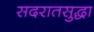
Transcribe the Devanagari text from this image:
सदरातसुद्धा